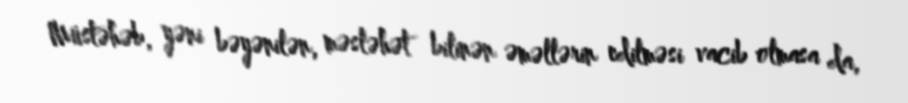
Müstəhəb, yəni bəyənilən, məsləhət bilinən əməllərin edilməsi vacib olmasa da,